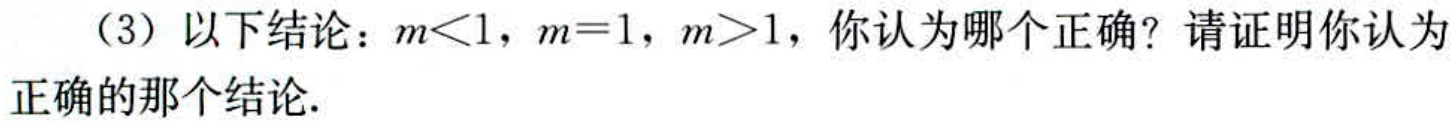
（3）以下结论：\(m < 1\)，\(m = 1\)，\(m>1\)，你认为哪个正确？请证明你认为正确的那个结论.